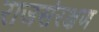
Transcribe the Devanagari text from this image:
राजसंरक्षण